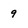
Character: 9